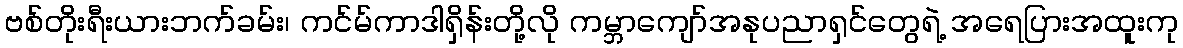
ဗစ်တိုးရီးယားဘက်ခမ်း၊ ကင်မ်ကာဒါရှိန်းတို့လို ကမ္ဘာကျော်အနုပညာရှင်တွေရဲ့ အရေပြားအထူးကု